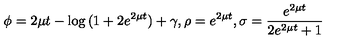
\phi = 2 \mu t - \log { ( 1 + 2 e ^ { 2 \mu t } ) } + \gamma , \rho = e ^ { 2 \mu t } , \sigma = \frac { e ^ { 2 \mu t } } { 2 e ^ { 2 \mu t } + 1 }